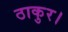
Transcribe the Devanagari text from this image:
ठाकुर।